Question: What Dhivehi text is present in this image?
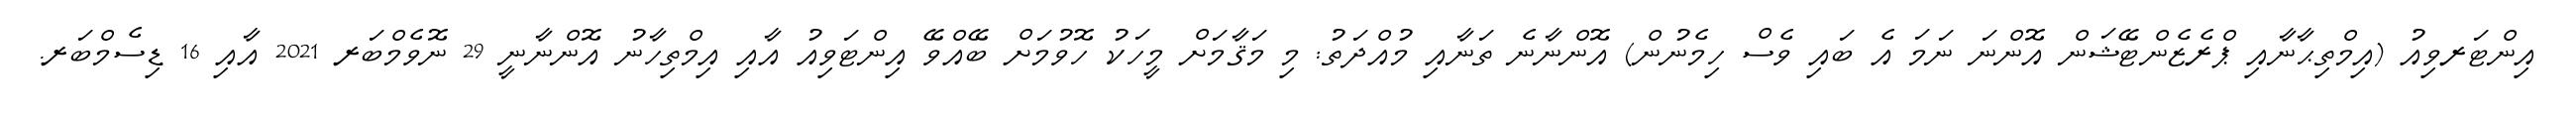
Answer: އިންޓަރވިއު (އިމްތިޙާނާއި ޕްރެޒެންޓޭޝަން އޮންނަ ނަމަ އެ ބައި ވެސް ހިމެނުން) އޮންނާނެ ތަނާއި މުއްދަތު: މި މަޤާމަށް މީހަކު ހޮވުމަށް ބޭއްވޭ އިންޓަވިއު އާއި އިމްތިހާނު އޮންނާނީ 29 ނޮވެމްބަރ 2021 އާއި 16 ޑިސެމްބަރ.